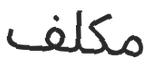
مكلف